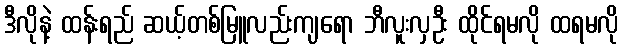
ဒီလိုနဲ့ ထန်းရည် ဆယ့်တစ်မြူလည်းကျရော ဘီလူးလှဦး ထိုင်ရမလို ထရမလို